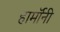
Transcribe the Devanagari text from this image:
हार्मॉनी